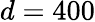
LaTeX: d=400